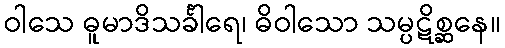
ဝါသေ ဓူမာဒိသင်္ခါရေ၊ ဓိဝါသော သမ္ပဋိစ္ဆနေ။